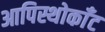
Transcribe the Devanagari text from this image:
आपिस्थोकाँट